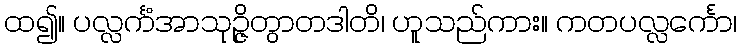
ထ၍။ ပလ္လင်္ကံအာသုဉ္ဇိတွာတဒါတိ၊ ဟူသည်ကား။ ကတပလ္လင်္ကော၊